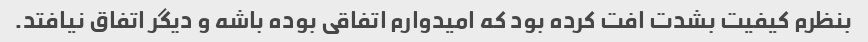
بنظرم کیفیت بشدت افت کرده بود که امیدوارم اتفاقی بوده باشه و دیگر اتفاق نیافتد.